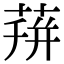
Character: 𦴏